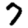
Digit: 7